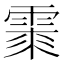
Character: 𩃲